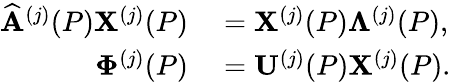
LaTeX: \begin{array}{rl}{\widehat{\mathbf{A}}^{(j)}(P)\mathbf{X}^{(j)}(P)}&{{}=\mathbf{X}^{(j)}(P)\mathbf{\Lambda}^{(j)}(P),}\\ {\mathbf{\Phi}^{(j)}(P)}&{{}=\mathbf{U}^{(j)}(P)\mathbf{X}^{(j)}(P).}\end{array}